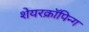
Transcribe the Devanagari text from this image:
शेयरक्रॉपिन्ग